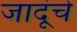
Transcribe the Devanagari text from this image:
जादूंचे